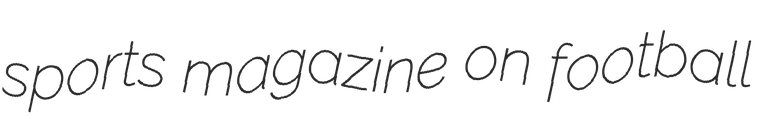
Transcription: sports magazine on football